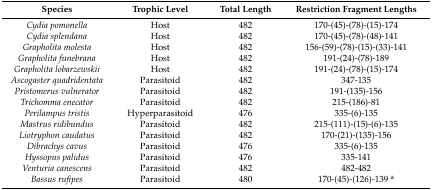
<table><thead><tr><td><b>Species</b></td><td><b>Trophic Level</b></td><td><b>Total Length</b></td><td><b>Restriction Fragment Lengths</b></td></tr></thead><tbody><tr><td><i>Cydia pomonella</i></td><td>Host</td><td>482</td><td>170-(45)-(78)-(15)-174</td></tr><tr><td><i>Cydia splendana</i></td><td>Host</td><td>482</td><td>170-(45)-(78)-(48)-141</td></tr><tr><td><i>Grapholita molesta</i></td><td>Host</td><td>482</td><td>156-(59)-(78)-(15)-(33)-141</td></tr><tr><td><i>Grapholita funebrana</i></td><td>Host</td><td>482</td><td>191-(24)-(78)-189</td></tr><tr><td><i>Grapholita lobarzewskii</i></td><td>Host</td><td>482</td><td>191-(24)-(78)-(15)-174</td></tr><tr><td><i>Ascogaster quadridentata</i></td><td>Parasitoid</td><td>482</td><td>347-135</td></tr><tr><td><i>Pristomerus vulnerator</i></td><td>Parasitoid</td><td>482</td><td>191-(135)-156</td></tr><tr><td><i>Trichomma enecator</i></td><td>Parasitoid</td><td>482</td><td>215-(186)-81</td></tr><tr><td><i>Perilampus tristis</i></td><td>Hyperparasitoid</td><td>476</td><td>335-(6)-135</td></tr><tr><td><i>Mastrus ridibundus</i></td><td>Parasitoid</td><td>482</td><td>215-(111)-(15)-(6)-135</td></tr><tr><td><i>Liotryphon caudatus</i></td><td>Parasitoid</td><td>482</td><td>170-(21)-(135)-156</td></tr><tr><td><i>Dibrachys cavus</i></td><td>Parasitoid</td><td>476</td><td>335-(6)-135</td></tr><tr><td><i>Hyssopus palidus</i></td><td>Parasitoid</td><td>476</td><td>335-141</td></tr><tr><td><i>Venturia canescens</i></td><td>Parasitoid</td><td>482</td><td>482-482</td></tr><tr><td><i>Bassus rufipes</i></td><td>Parasitoid</td><td>480</td><td>170-(45)-(126)-139 <sup>a</sup></td></tr></tbody></table>